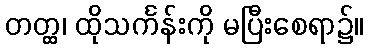
တတ္ထ္လ၊ ထိုသင်္ကန်းကို မပြီးစေရာ၌။